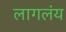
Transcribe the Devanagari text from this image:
लागलंय